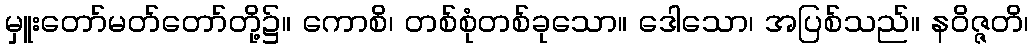
မှူးတော်မတ်တော်တို့၌။ ကောစိ၊ တစ်စုံတစ်ခုသော။ ဒေါသော၊ အပြစ်သည်။ နဝိဇ္ဇတိ၊